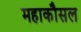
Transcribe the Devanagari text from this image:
महाकौसल